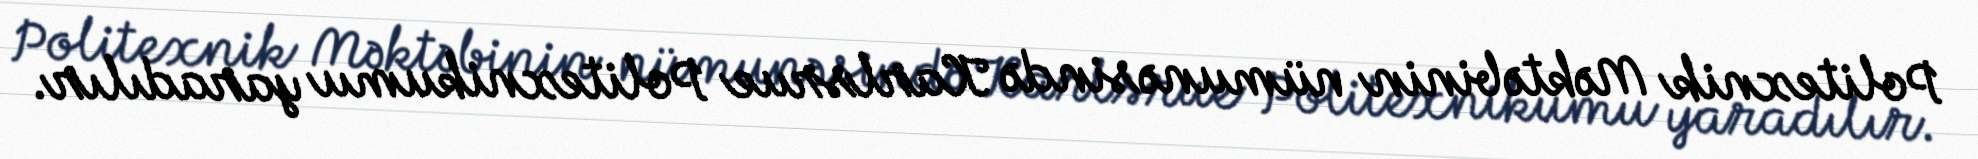
Politexnik Məktəbinin nümunəsində Karlsrue Politexnikumu yaradılır.